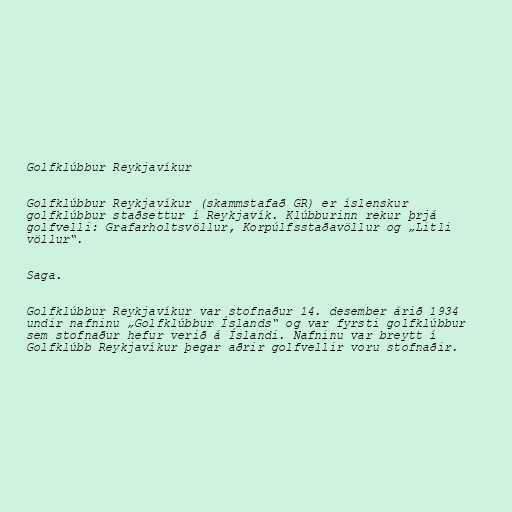
Golfklúbbur Reykjavíkur

Golfklúbbur Reykjavíkur (skammstafað GR) er íslenskur
golfklúbbur staðsettur í Reykjavík. Klúbburinn rekur þrjá
golfvelli: Grafarholtsvöllur, Korpúlfsstaðavöllur og „Litli
völlur“.

Saga.

Golfklúbbur Reykjavíkur var stofnaður 14. desember árið 1934
undir nafninu „Golfklúbbur Íslands“ og var fyrsti golfklúbbur
sem stofnaður hefur verið á Íslandi. Nafninu var breytt í
Golfklúbb Reykjavíkur þegar aðrir golfvellir voru stofnaðir.